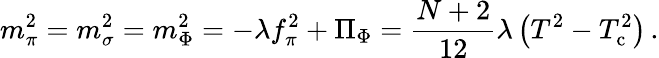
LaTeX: m_{\pi}^{2}=m_{\sigma}^{2}=m_{\Phi}^{2}=-\lambda f_{\pi}^{2}+\Pi_{\Phi}=\frac{N+2}{12}\lambda\left(T^{2}-T_{\mathrm{c}}^{2}\right)\, .